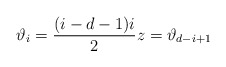
\begin{align*}\vartheta_i = \frac{(i-d-1)i}{2}z = \vartheta_{d-i+1}\end{align*}